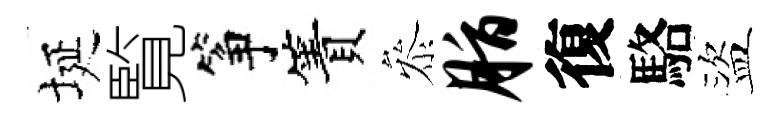
埏覧筝簀叅脂復駱盜